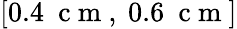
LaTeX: [0.4~\mathrm{~c~m~},~0.6~\mathrm{~c~m~}]